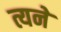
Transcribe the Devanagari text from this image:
त्यने